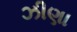
ઝીણા